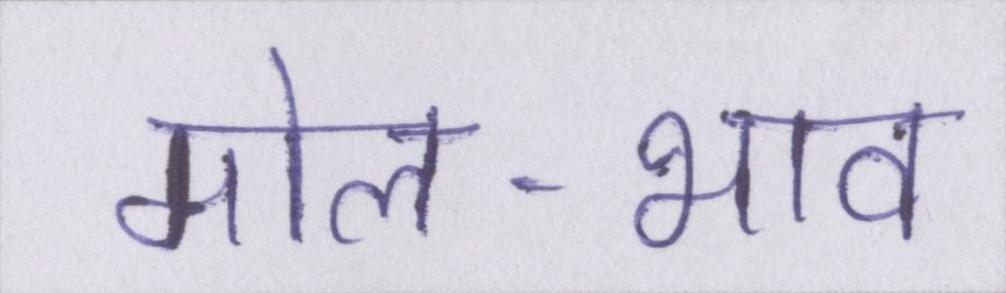
मोल-भाव